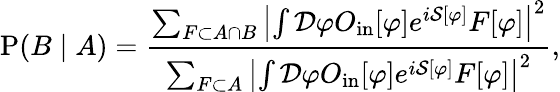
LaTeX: \operatorname{P}(B\mid A)={\frac{\sum_{F\subset A\cap B}\left|\int{\mathcal{D}}\varphi O_{\mathrm{in}}[\varphi]e^{i{\mathcal{S}}[\varphi]}F[\varphi]\right|^{2}}{\sum_{F\subset A}\left|\int{\mathcal{D}}\varphi O_{\mathrm{in}}[\varphi]e^{i{\mathcal{S}}[\varphi]}F[\varphi]\right|^{2}}},